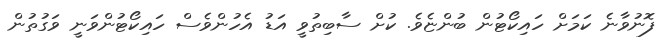
ފޮނުވާނެ ކަމަށް ހައިކޯޓުން ބުންޏެވެ. ކުށް ސާބިތުވީ އަޑު އެހުންވެސް ހައިކޯޓުންވަނީ ވަގުތުން